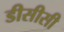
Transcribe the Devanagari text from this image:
डीसीसी